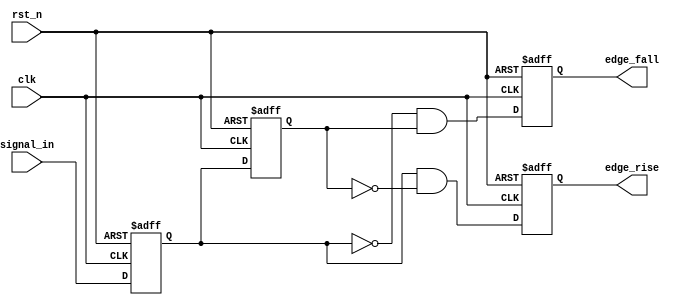
module glitch_free_edge_detector (
    input wire clk,              // Clock input
    input wire rst_n,            // Active-low asynchronous reset
    input wire signal_in,        // Input signal to detect edges
    output reg edge_rise,        // Output for rising edge detection
    output reg edge_fall         // Output for falling edge detection
);

    // Internal registers to hold current and previous states
    reg current_state;           // Current state of the input signal
    reg previous_state;          // Previous state of the input signal

    // Always block for edge detection and state updating
    always @(posedge clk or negedge rst_n) begin
        if (!rst_n) begin
            // Asynchronous reset
            current_state <= 1'b0;
            previous_state <= 1'b0;
            edge_rise <= 1'b0;
            edge_fall <= 1'b0;
        end else begin
            // Update the previous state before assigning current
            previous_state <= current_state;
            current_state <= signal_in;

            // Edge detection logic
            edge_rise <= (current_state && !previous_state); // Rising edge detection
            edge_fall <= (!current_state && previous_state);  // Falling edge detection
        end
    end

endmodule